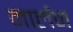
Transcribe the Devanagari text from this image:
मार्लेन